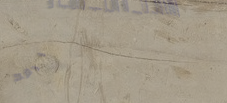
خدمات إصلاح الهواتف المحم